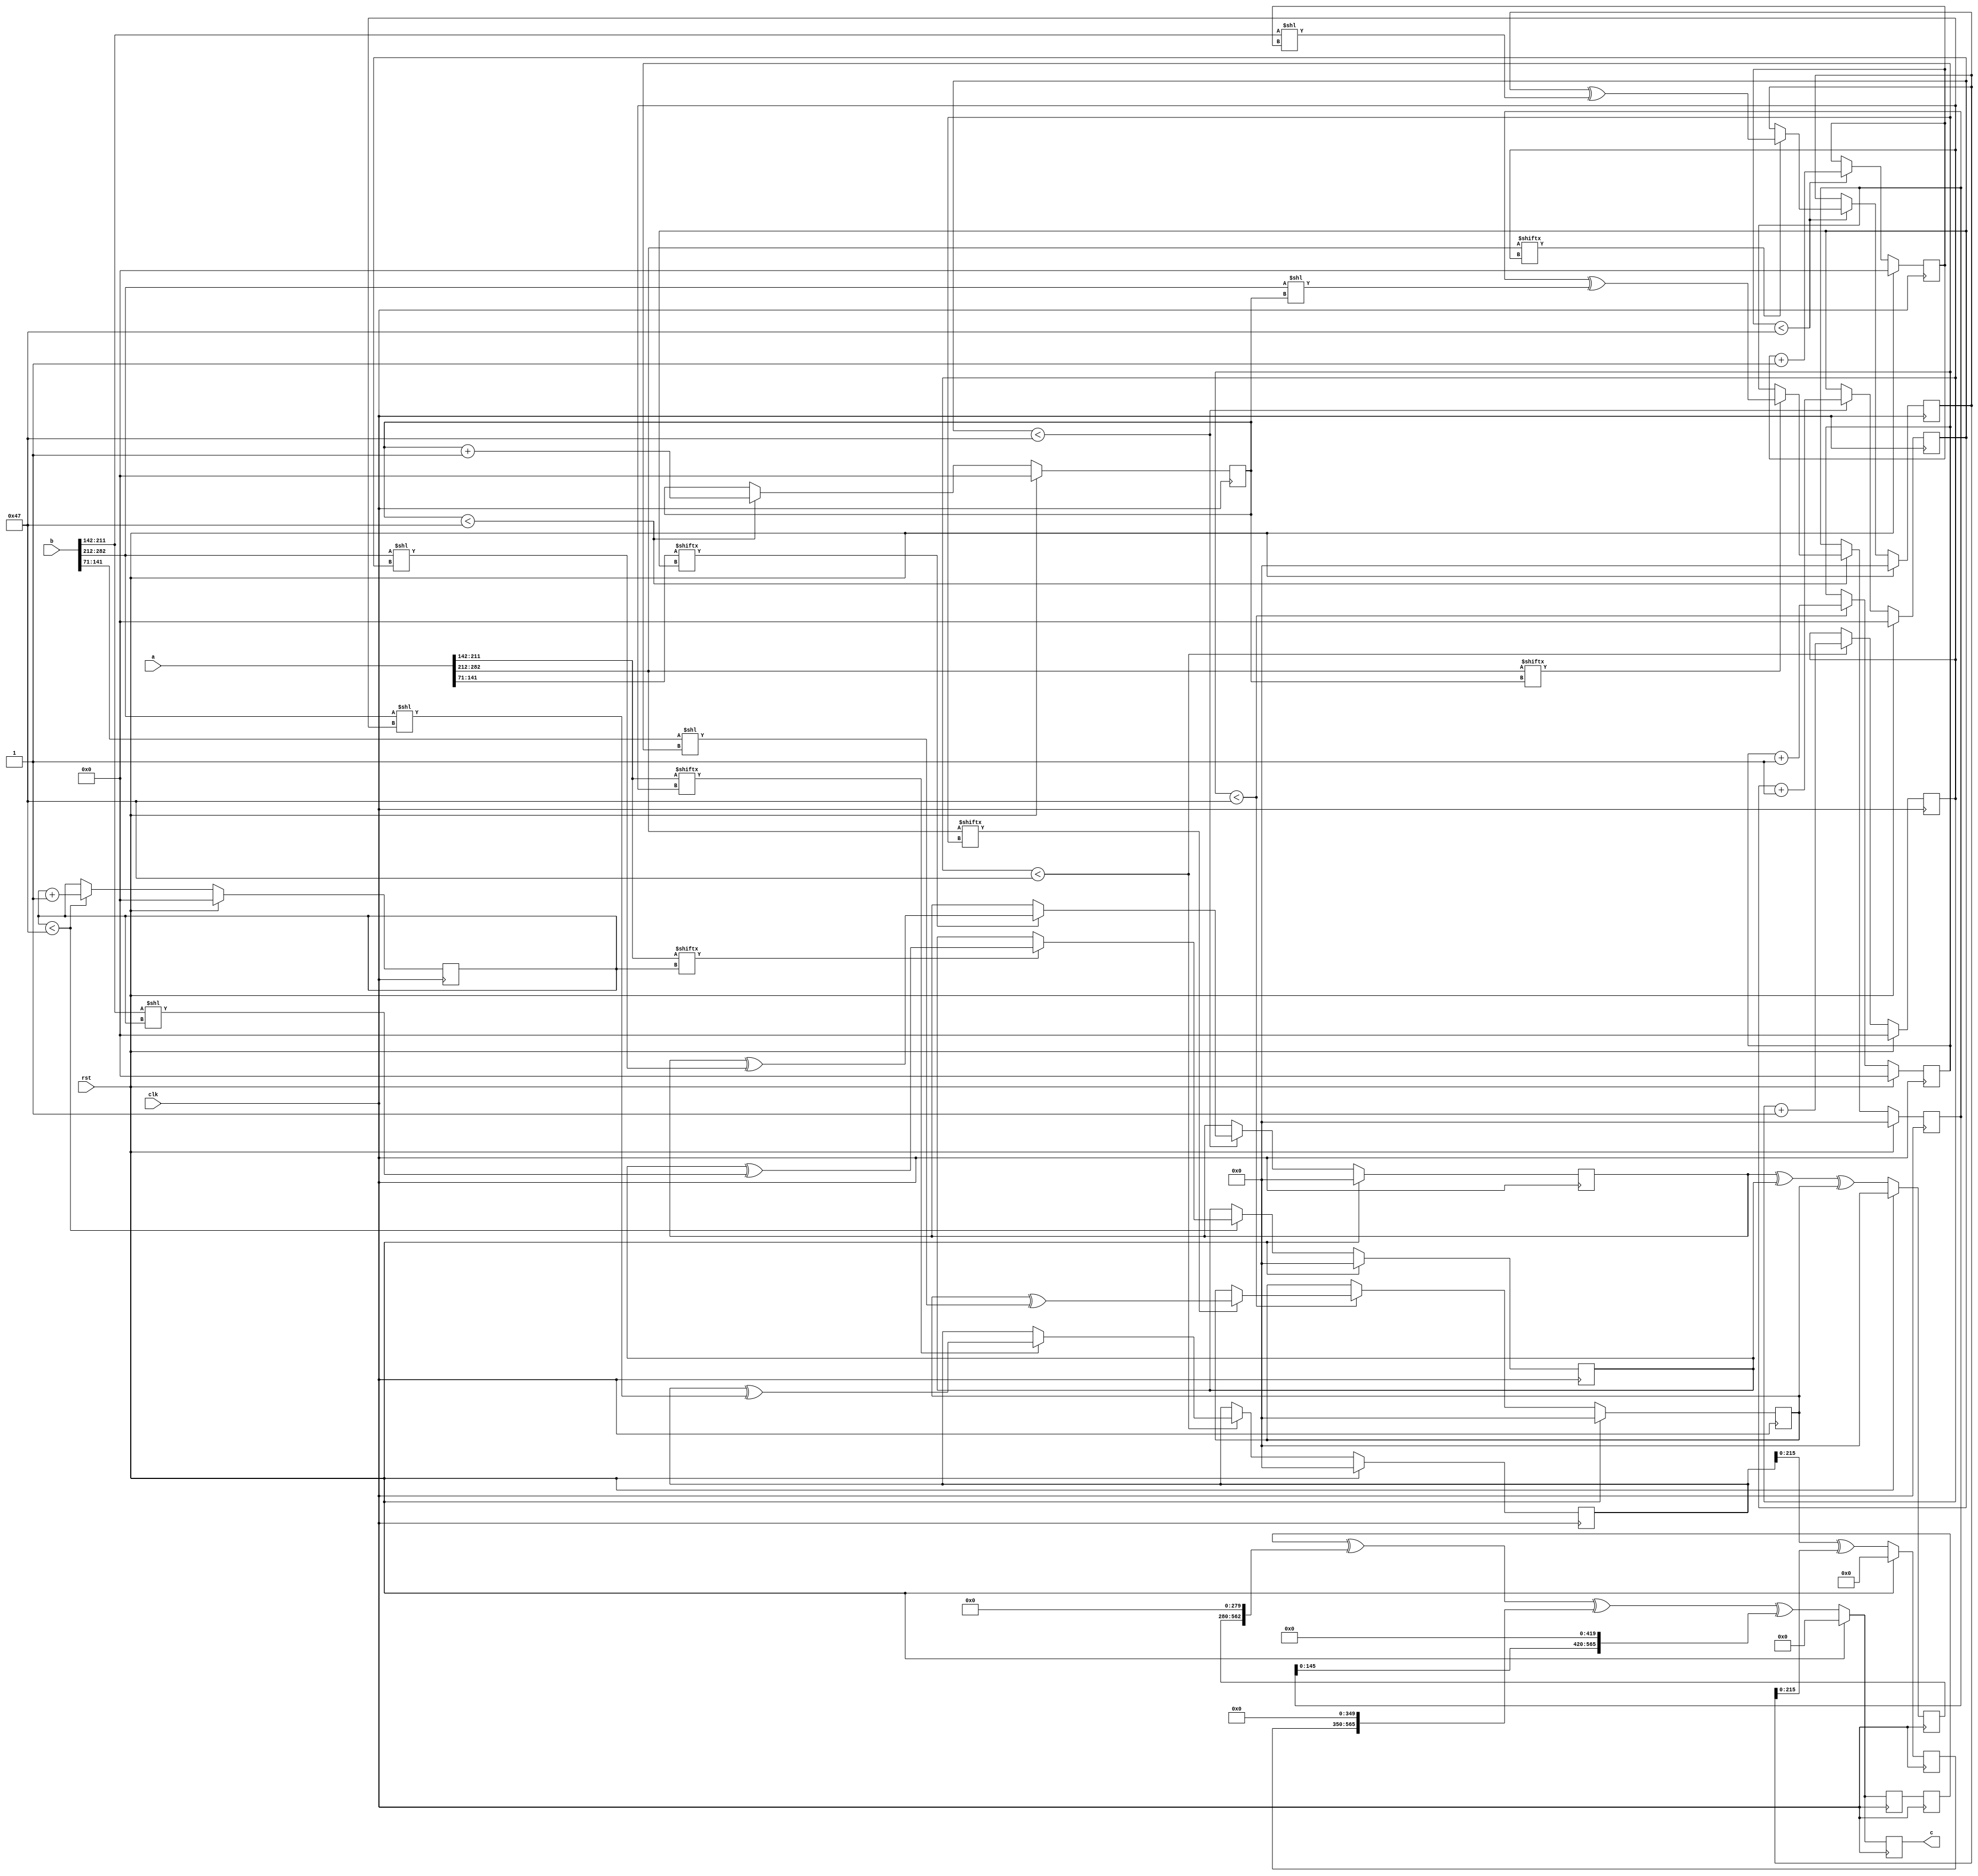
// TalTech large integer multiplier library
// Multiplier type: four_way_toom_cook
// Parameters: 283 283 2
// Target tool: genus
module four_way_toom_cook(clk, rst, a, b, c);
input clk;
input rst;
input [282:0] a;
input [282:0] b;
output reg [565:0] c;

// Pipeline register declaration 
reg [565:0] c_temp_1;

// Wires declaration 
wire  [70:0] a0;
wire  [70:0] a1;
wire  [69:0] a2;
wire  [70:0] a3;
wire  [70:0] b0;
wire  [70:0] b1;
wire  [69:0] b2;
wire  [70:0] b3;

// Registers declaration 
reg  [69:0] counter_d;
reg  [69:0] counter_e1;
reg  [69:0] counter_e2;
reg  [69:0] counter_f1;
reg  [69:0] counter_f2;
reg  [69:0] counter_f3;
reg  [69:0] counter_g1;
reg  [69:0] counter_g2;
reg  [69:0] counter_g3;
reg  [69:0] counter_g4;
reg  [69:0] counter_h1;
reg  [69:0] counter_h2;
reg  [69:0] counter_h3;
reg  [69:0] counter_i1;
reg  [69:0] counter_i2;
reg  [69:0] counter_j;
reg  [282:0] d;
reg  [282:0] e1_mul;
reg  [282:0] e2_mul;
reg  [282:0] e;
reg  [282:0] f1_mul;
reg  [282:0] f2_mul;
reg  [282:0] f3_mul;
reg  [282:0] f;
reg  [282:0] g1_mul;
reg  [282:0] g2_mul;
reg  [282:0] g3_mul;
reg  [282:0] g4_mul;
reg  [282:0] g;
reg  [282:0] h1_mul;
reg  [282:0] h2_mul;
reg  [282:0] h3_mul;
reg  [282:0] h;
reg  [282:0] i1_mul;
reg  [282:0] i2_mul;
reg  [282:0] i;
reg  [282:0] j;
reg  [565:0] temp;

// Initial assignments to wires
assign a0 = a[70:0];
assign a1 = a[141:71];
assign a2 = a[211:142];
assign a3 = a[282:212];
assign b0 = b[70:0];
assign b1 = b[141:71];
assign b2 = b[211:142];
assign b3 = b[282:212];

// Step-1 of 4-Way TCM Multiplier
always @(posedge clk) begin
		if (rst) begin			counter_d <= 70'd0;
			d <= 283'd0;
		end
		else if (counter_d < 71) begin
			if (a3[counter_d] == 1'b1) begin
				d <= d ^ (b3 << counter_d);
				counter_d <= counter_d + 1;
			end
			counter_d <= counter_d + 1;
		end
end

// Step-2 (Part-1) of 4-Way TCM Multiplier
always @(posedge clk) begin
		if (rst) begin
			counter_e1 <= 70'd0;
			e1_mul <= 283'd0;
		end
		else if (counter_e1 < 71) begin
			if (a2[counter_e1] == 1'b1) begin
				e1_mul <= e1_mul ^ (b3 << counter_e1);
				counter_e1 <= counter_e1 + 1;
			end
			counter_e1 <= counter_e1 + 1;
		end
end

// Step-2 (Part-2) of 4-Way TCM Multiplier
always @(posedge clk) begin
		if (rst) begin
			counter_e2 <= 70'd0;
			e2_mul <= 283'd0;
		end
		else if (counter_e2 < 71) begin
			if (a3[counter_e1] == 1'b1) begin
				e2_mul <= e2_mul ^ (b2 << counter_e2);
				counter_e2 <= counter_e2 + 1;
			end
			counter_e2 <= counter_e2 + 1;
		end
end

// Step-2 (Part-3) of 4-Way TCM Multiplier
always @(posedge clk) begin
		if (rst) begin
			e <= 283'd0;
		end
		else begin
			e <= e1_mul ^ e2_mul;
		end
end

// Step-3 (Part-1) of 4-Way TCM Multiplier
always @(posedge clk) begin
		if (rst) begin
			counter_f1 <= 70'd0;
			f1_mul <= 283'd0;
		end
		else if (counter_f1 < 71) begin
			if (a1[counter_f1] == 1'b1) begin
				f1_mul <= f1_mul ^ (b3 << counter_f1);
				counter_f1 <= counter_f1 + 1;
			end
			counter_f1 <= counter_f1 + 1;
		end
end

// Step-3 (Part-2) of 4-Way TCM Multiplier
always @(posedge clk) begin
		if (rst) begin
			counter_f2 <= 70'd0;
			f2_mul <= 283'd0;
		end
		else if (counter_f2 < 71) begin
			if (a2[counter_f2] == 1'b1) begin
				f2_mul <= f2_mul ^ (b2 << counter_f2);
				counter_f2 <= counter_f2 + 1;
			end
			counter_f2 <= counter_f2 + 1;
		end
end

// Step-3 (Part-3) of 4-Way TCM Multiplier
always @(posedge clk) begin
		if (rst) begin
			counter_f3 <= 70'd0;
			f3_mul <= 283'd0;
		end
		else if (counter_f3 < 71) begin
			if (a3[counter_f3] == 1'b1) begin
				f3_mul <= f3_mul ^ (b1 << counter_f3);
				counter_f3 <= counter_f3 + 1;
			end
			counter_f3 <= counter_f3 + 1;
		end
end

// Step-3 (Part-4) of 4-Way TCM Multiplier
always @(posedge clk) begin
		if (rst) begin
			f <= 283'd0;
		end
		else begin
			f <= f1_mul ^ f2_mul ^ f3_mul;
		end
end

// Step-4 (Part-1) of 4-Way TCM Multiplier
always @(posedge clk) begin
		if (rst) begin
			counter_g1 <= 70'd0;
			g1_mul <= 283'd0;
		end
		else if (counter_g1 < 71) begin
			if (a0[counter_g1] == 1'b1) begin
				g1_mul <= g1_mul ^ (b3 << counter_g1);
				counter_g1 <= counter_g1 + 1;
			end
			counter_g1 <= counter_g1 + 1;
		end
end

// Step-4 (Part-2) of 4-Way TCM Multiplier
always @(posedge clk) begin
		if (rst) begin
			counter_g2 <= 70'd0;
			g2_mul <= 283'd0;
		end
		else if (counter_g2 < 71) begin
			if (a1[counter_g2] == 1'b1) begin
				g2_mul <= g2_mul ^ (b2 << counter_g2);
				counter_g2 <= counter_g2 + 1;
			end
			counter_g2 <= counter_g2 + 1;
		end
end

// Step-4 (Part-3) of 4-Way TCM Multiplier
always @(posedge clk) begin
		if (rst) begin
			counter_g3 <= 70'd0;
			g3_mul <= 283'd0;
		end
		else if (counter_g3 < 71) begin
			if (a2[counter_g3] == 1'b1) begin
				g3_mul <= g3_mul ^ (b1 << counter_g3);
				counter_g3 <= counter_g3 + 1;
			end
			counter_g3 <= counter_g3 + 1;
		end
end

// Step-4 (Part-4) of 4-Way TCM Multiplier
always @(posedge clk) begin
		if (rst) begin
			counter_g4 <= 70'd0;
			g4_mul <= 283'd0;
		end
		else if (counter_g4 < 71) begin
			if (a3[counter_g4] == 1'b1) begin
				g4_mul <= g4_mul ^ (b0 << counter_g4);
				counter_g4 <= counter_g4 + 1;
			end
			counter_g4 <= counter_g4 + 1;
		end
end

// Step-4 (Part-5) of 4-Way TCM Multiplier
always @(posedge clk) begin
		if (rst) begin
			g <= 283'd0;
		end
		else begin
			g <= g1_mul ^ g2_mul ^ g3_mul ^ g4_mul;
		end
end

// Step-5 (Part-1) of 4-Way TCM Multiplier
always @(posedge clk) begin
		if (rst) begin
			counter_h1 <= 70'd0;
			h1_mul <= 283'd0;
		end
		else if (counter_h1 < 71) begin
			if (a0[counter_h1] == 1'b1) begin
				h1_mul <= h1_mul ^ (b2 << counter_h1);
				counter_h1 <= counter_h1 + 1;
			end
			counter_h1 <= counter_h1 + 1;
		end
end

// Step-5 (Part-2) of 4-Way TCM Multiplier
always @(posedge clk) begin
		if (rst) begin
			counter_h2 <= 70'd0;
			h2_mul <= 283'd0;
		end
		else if (counter_h2 < 71) begin
			if (a1[counter_h2] == 1'b1) begin
				h2_mul <= h2_mul ^ (b1 << counter_h2);
				counter_h2 <= counter_h2 + 1;
			end
			counter_h2 <= counter_h2 + 1;
		end
end

// Step-5 (Part-3) of 4-Way TCM Multiplier
always @(posedge clk) begin
		if (rst) begin
			counter_h3 <= 70'd0;
			h3_mul <= 283'd0;
		end
		else if (counter_h3 < 71) begin
			if (a2[counter_h3] == 1'b1) begin
				h3_mul <= h3_mul ^ (b0 << counter_h3);
				counter_h3 <= counter_h3 + 1;
			end
			counter_h3 <= counter_h3 + 1;
		end
end

// Step-5 (Part-4) of 4-Way TCM Multiplier
always @(posedge clk) begin
		if (rst) begin
			h <= 283'd0;
		end
		else begin
			h <= h1_mul ^ h2_mul ^ h3_mul;
		end
end

// Step-6 (Part-1) of 4-Way TCM Multiplier
always @(posedge clk) begin
		if (rst) begin
			counter_i1 <= 70'd0;
			i1_mul <= 283'd0;
		end
		else if (counter_i1 < 71) begin
			if (a0[counter_i1] == 1'b1) begin
				i1_mul <= i2_mul ^ (b1 << counter_i1);
				counter_i1 <= counter_i1 + 1;
			end
			counter_i1 <= counter_i1 + 1;
		end
end

// Step-6 (Part-2) of 4-Way TCM Multiplier
always @(posedge clk) begin
		if (rst) begin
			counter_i2 <= 70'd0;
			i2_mul <= 283'd0;
		end
		else if (counter_i2 < 71) begin
			if (a1[counter_i2] == 1'b1) begin
				i2_mul <= i2_mul ^ (b0 << counter_i2);
				counter_i2 <= counter_i2 + 1;
			end
			counter_i2 <= counter_i2 + 1;
		end
end

// Step-6 (Part-3) of 4-Way TCM Multiplier
always @(posedge clk) begin
		if (rst) begin
			i <= 283'd0;
		end
		else begin
			i <= i1_mul ^ i2_mul;
		end
end

// Step-7 of 4-Way TCM Multiplier
always @(posedge clk) begin
		if (rst) begin
			counter_j = 70'd0;
			j = 283'd0;
		end
		else if (counter_j < 71) begin
			if (a0[counter_j] == 1'b1) begin
				j = j ^ (b0 << counter_j);
				counter_j = counter_j + 1;
			end
			counter_j = counter_j + 1;
		end
end

// Step-8 of 4-Way TCM Multiplier
always @(posedge clk) begin
		if (rst) begin
			temp = 566'd0;
			c = 566'd0;
		end
		else begin
			temp = j;
			temp = temp ^ (i << 70);
			temp = temp ^ (h << 140);
			temp = temp ^ (g << 210);
			temp = c_temp_1 ^ (f << 280);
			temp = temp ^ (e << 350);
			temp = temp ^ (d << 420);
			c = temp;
		end
end

// pipeline stages
always @(posedge clk) begin
	c_temp_1 <= temp;
end
endmodule